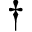
^ { \dagger }